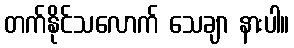
တက်နိုင်သလောက် သေချာ နားပါ။